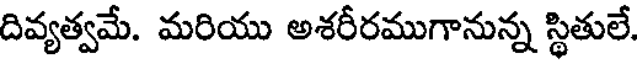
దివ్యత్వమే. మరియు అశరీరముగానున్న స్థితులే.